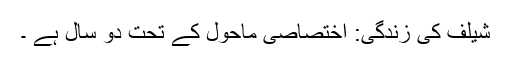
شیلف کی زندگی: اختصاصی ماحول کے تحت دو سال ہے ۔